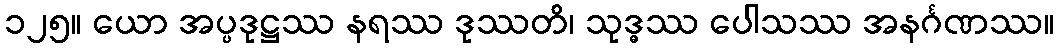
၁၂၅။ ယော အပ္ပဒုဋ္ဌဿ နရဿ ဒုဿတိ၊ သုဒ္ဓဿ ပေါသဿ အနင်္ဂဏဿ။